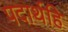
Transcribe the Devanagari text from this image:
पदार्थहि